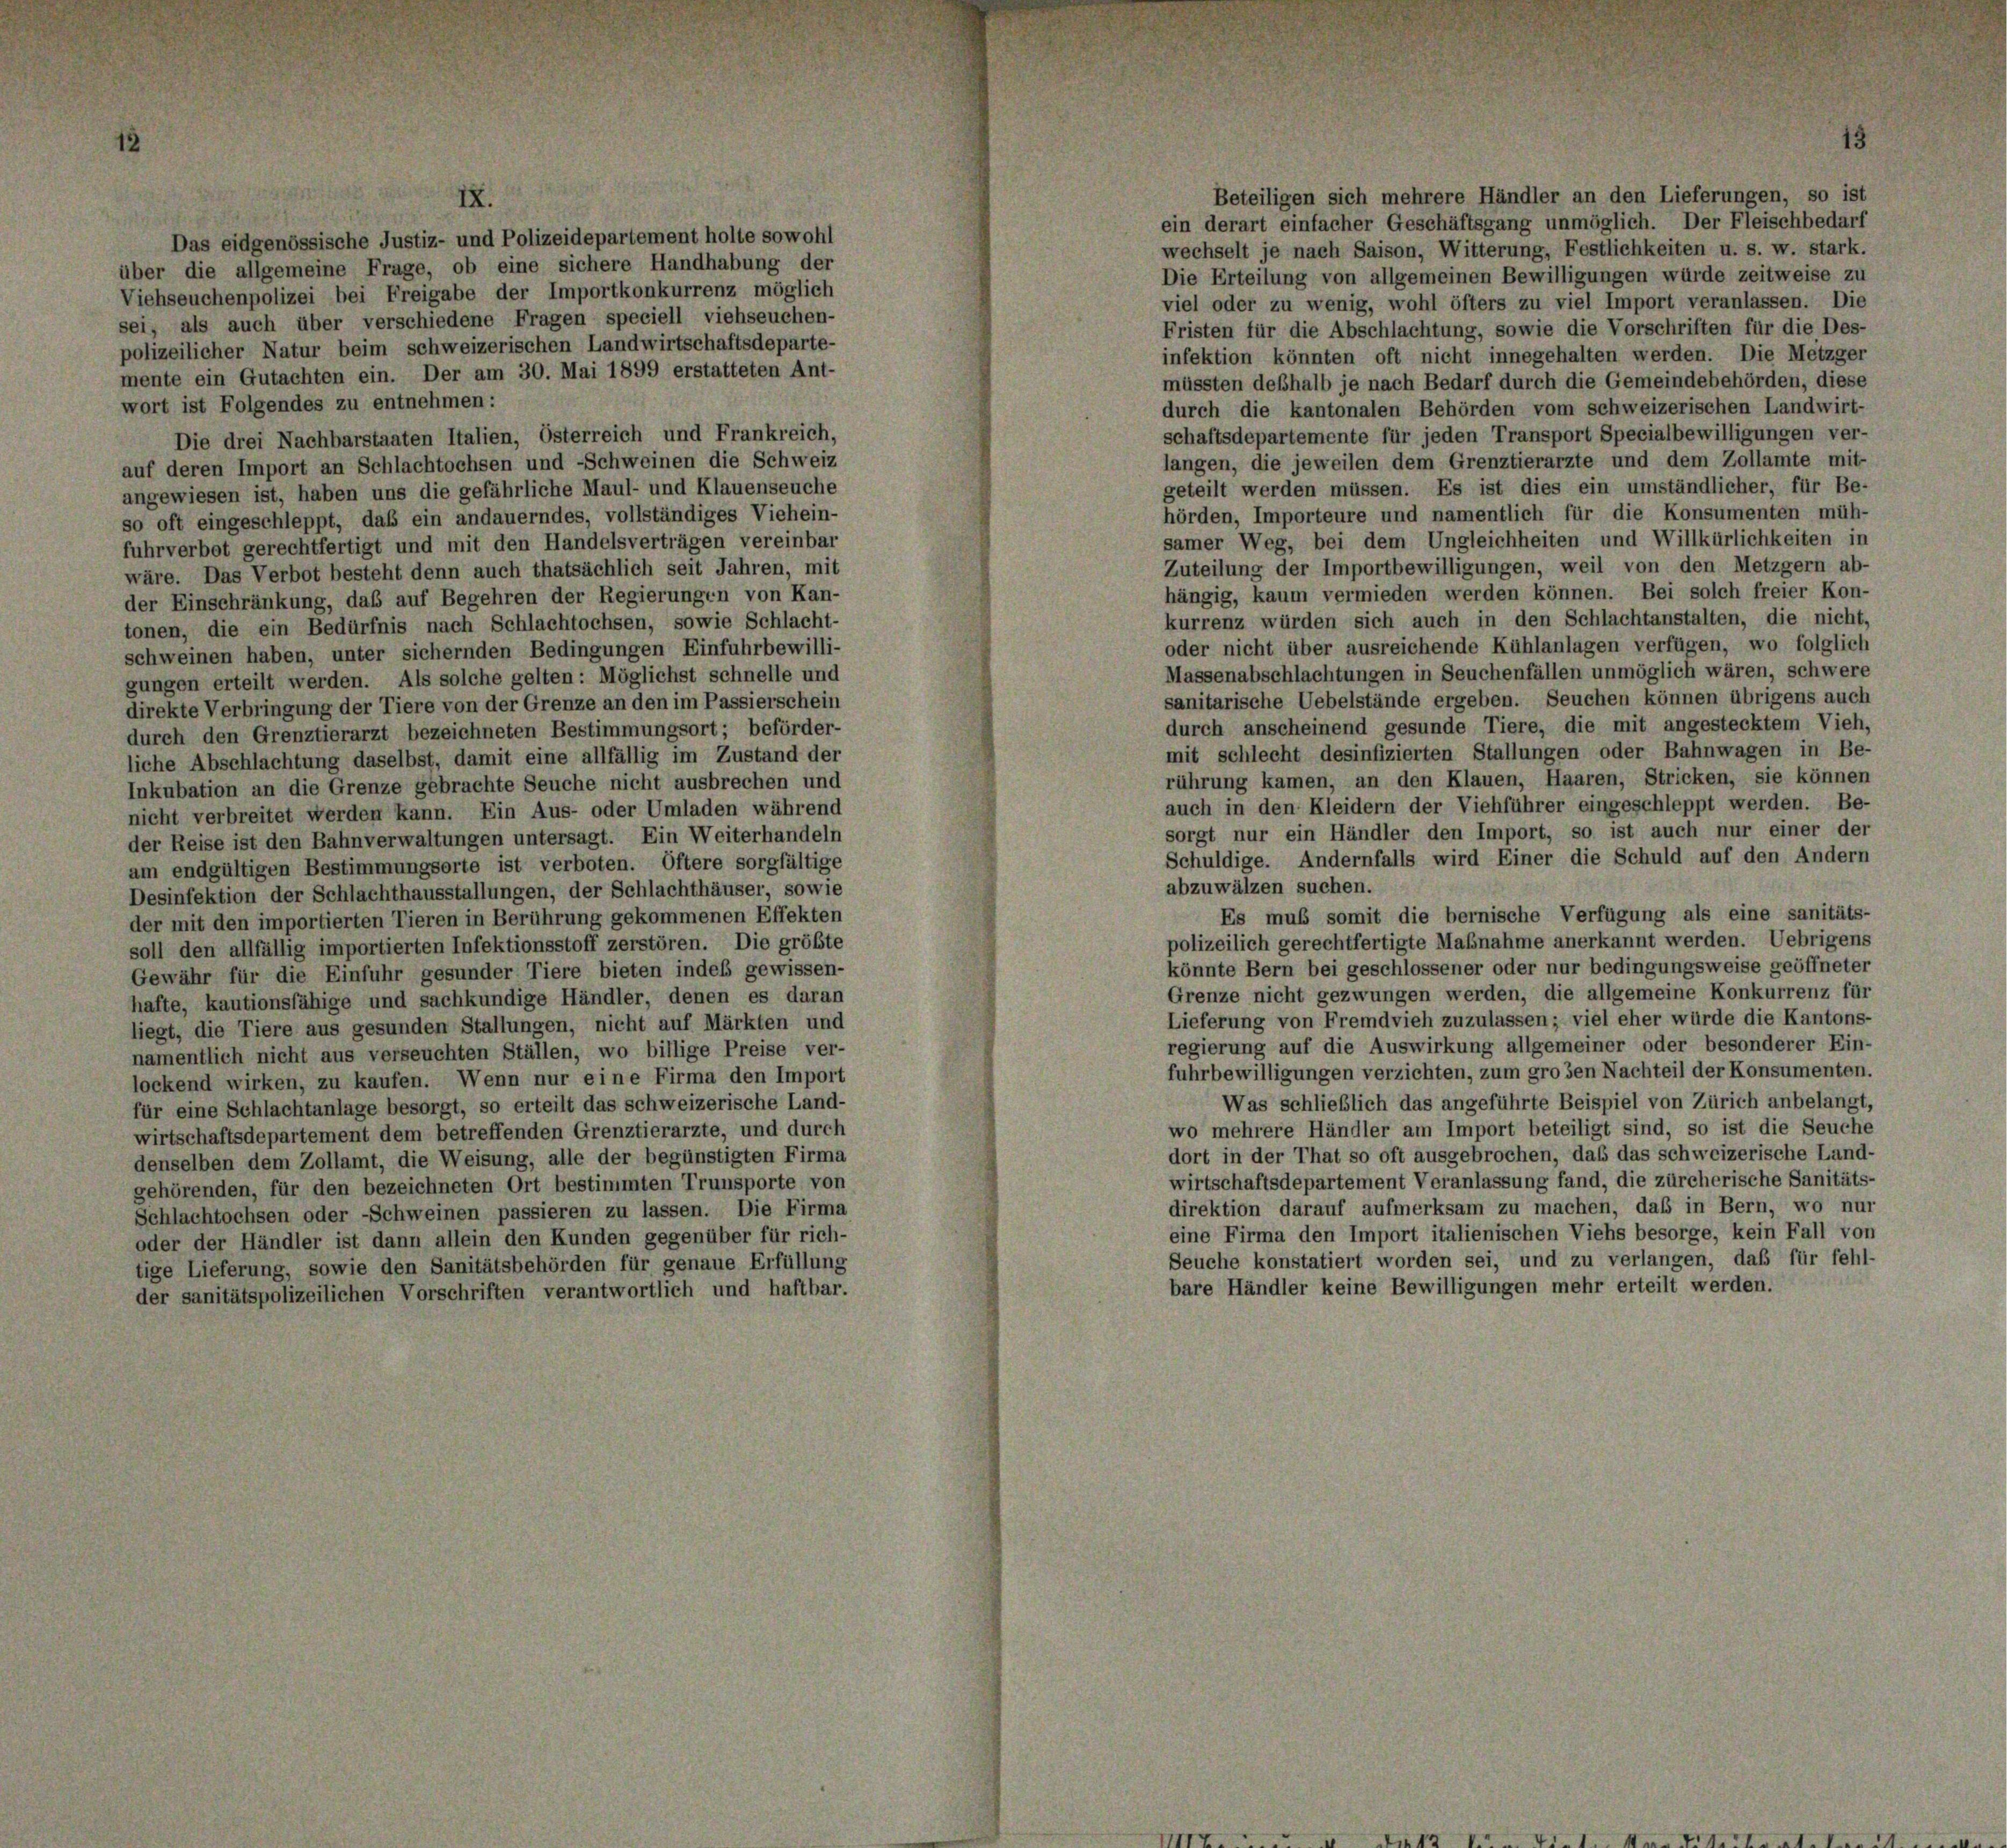
Das eidgenössische Justiz- und Polizeidepartement holte sowohl
über die allgemeine Frage, ob eine sichere Handhabung der
Viehseuchenpolizei bei Freigabe der Importkonkurrenz möglich
sei, als auch über verschiedene Fragen speciell viehseuchen-
polizeilicher Natur beim schweizerischen Landwirtschaftsdeparte-
mente ein Gutachten ein. Der am 30. Mai 1899 erstatteten Ant-
wort ist Folgendes zu entnehmen:
Die drei Nachbarstaaten Italien, Österreich und Frankreich,
auf deren Import an Schlachtochsen und -Schweinen die Schweiz
angewiesen ist, haben uns die gefährliche Maul- und Klauenseuche
so oft eingeschleppt, daß ein andauerndes, vollständiges Viehein-
fuhrverbot gerechtfertigt und mit den Handelsverträgen vereinbar
wäre. Das Verbot besteht denn auch thatsächlich seit Jahren, mit
der Einschränkung, daß auf Begehren der Regierungen von Kan-
tonen, die ein Bedürfnis nach Schlachtochsen, sowie Schlacht-
schweinen haben, unter sichernden Bedingungen Einfuhrbewilli-
gungen erteilt werden. Als solche gelten: Möglichst schnelle und
direkte Verbringung der Tiere von der Grenze an den im Passierschein
durch den Grenztierarzt bezeichneten Bestimmungsort; beförder-
liche Abschlachtung daselbst, damit eine allfällig im Zustand der
Inkubation an die Grenze gebrachte Seuche nicht ausbrechen und
nicht verbreitet werden kann. Ein Aus- oder Umladen während
der Reise ist den Bahnverwaltungen untersagt. Ein Weiterhandeln
am endgültigen Bestimmungsorte ist verboten. Öftere sorgfältige
Desinfektion der Schlachthausstallungen, der Schlachthäuser, sowie
der mit den importierten Tieren in Berührung gekommenen Effekten
soll den allfällig importierten Infektionsstoff zerstören. Die größte
Gewähr für die Einfuhr gesunder Tiere bieten indes gewissen-
hafte, kautionsfähige und sachkundige Händler, denen es daran
liegt, die Tiere aus gesunden Stallungen, nicht auf Märkten und
namentlich nicht aus verseuchten Ställen, wo billige Preise ver-
lockend wirken, zu kaufen. Wenn nur eine Firma den Import
für eine Schlachtanlage besorgt, so erteilt das schweizerische Land-
wirtschaftsdepartement dem betreffenden Grenztierarzte, und durch
denselben dem Zollamt, die Weisung, alle der begünstigten Firma
gehörenden, für den bezeichneten Ort bestimmten Trunsporte von
Schlachtochsen oder Schweinen passieren zu lassen. Die Firma
oder der Händler ist dann allein den Kunden gegenüber für rich-
tige Lieferung, sowie den Sanitätsbehörden für genaue Erfüllung
der sanitätspolizeilichen Vorschriften verantwortlich und haftbar.

ein derart einfacher Geschäftsgang unmöglich. Der Fleischbedarf
wechselt je nach Saison, Witterung, Festlichkeiten u. s. w. stark.
Die Erteilung von allgemeinen Bewilligungen würde zeitweise zu
viel oder zu wenig, wohl öfters zu viel Import veranlassen. Die
Fristen für die Abschlachtung, sowie die Vorschriften für die Des-
infektion könnten oft nicht innegehalten werden. Die Metzger
müssten deshalb je nach Bedarf durch die Gemeindebehörden, diese
durch die kantonalen Behörden vom schweizerischen Landwirt-
schaftsdepartemente für jeden Transport Specialbewilligungen ver-
langen, die jeweilen dem Grenztierarzte und dem Zollamte mit-
geteilt werden müssen. Es ist dies ein umständlicher, für Be-
hörden, Importeure und namentlich für die Konsumenten müh-
samer Weg, bei dem Ungleichheiten und Willkürlichkeiten in
Zuteilung der Importbewilligungen, weil von den Metzgern ab-
hängig, kaum vermieden werden können. Bei solch freier Kon-
kurrenz würden sich auch in den Schlachtanstalten, die nicht,
oder nicht über ausreichende Kühlanlagen verfügen, wo folglich
Massenabschlachtungen in Seuchenfällen unmöglich wären, schwere
sanitarische Uebelstände ergeben. Seuchen können übrigens auch
durch anscheinend gesunde Tiere, die mit angestecktem Vieh,
mit schlecht desinfizierten Stallungen oder Bahnwagen in Be-
rührung kamen, an den Klauen, Haaren, Stricken, sie können
auch in den Kleidern der Viehführer eingeschleppt werden. Be-
sorgt nur ein Händler den Import, so ist auch nur einer der
Schuldige. Andernfalls wird Einer die Schuld auf den Andern
abzuwälzen suchen.
Es muß somit die bernische Verfügung als eine sanitäts-
polizeilich gerechtfertigte Maßnahme anerkannt werden. Uebrigens
könnte Bern bei geschlossener oder nur bedingungsweise geöffneter
Grenze nicht gezwungen werden, die allgemeine Konkurrenz für
Lieferung von Fremdvieh zuzulassen; viel eher würde die Kantons-
regierung auf die Auswirkung allgemeiner oder besonderer Ein-
fuhrbewilligungen verzichten, zum grosen Nachteil der Konsumenten.
Was schließlich das angeführte Beispiel von Zürich anbelangt,
wo mehrere Händler am Import beteiligt sind, so ist die Seuche
dort in der That so oft ausgebrochen, daß das schweizerische Land-
wirtschaftsdepartement Veranlassung fand, die zürcherische Sanitäts-
direktion darauf aufmerksam zu machen, daß in Bern, wo nur
eine Firma den Import italienischen Viehs besorge, kein Fall von
Seuche konstatiert worden sei, und zu verlangen, daß für fehl-
bare Händler keine Bewilligungen mehr erteilt werden.

Beteiligen sich mehrere Händler an den Lieferungen, so ist